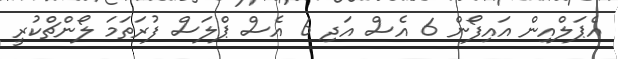
އެޕަލްއިން އައިފޯން 6 އެސް އަދި 6 އެސް ޕްލަސް ފުރަތަމަ ލޯންޗްކުރީ